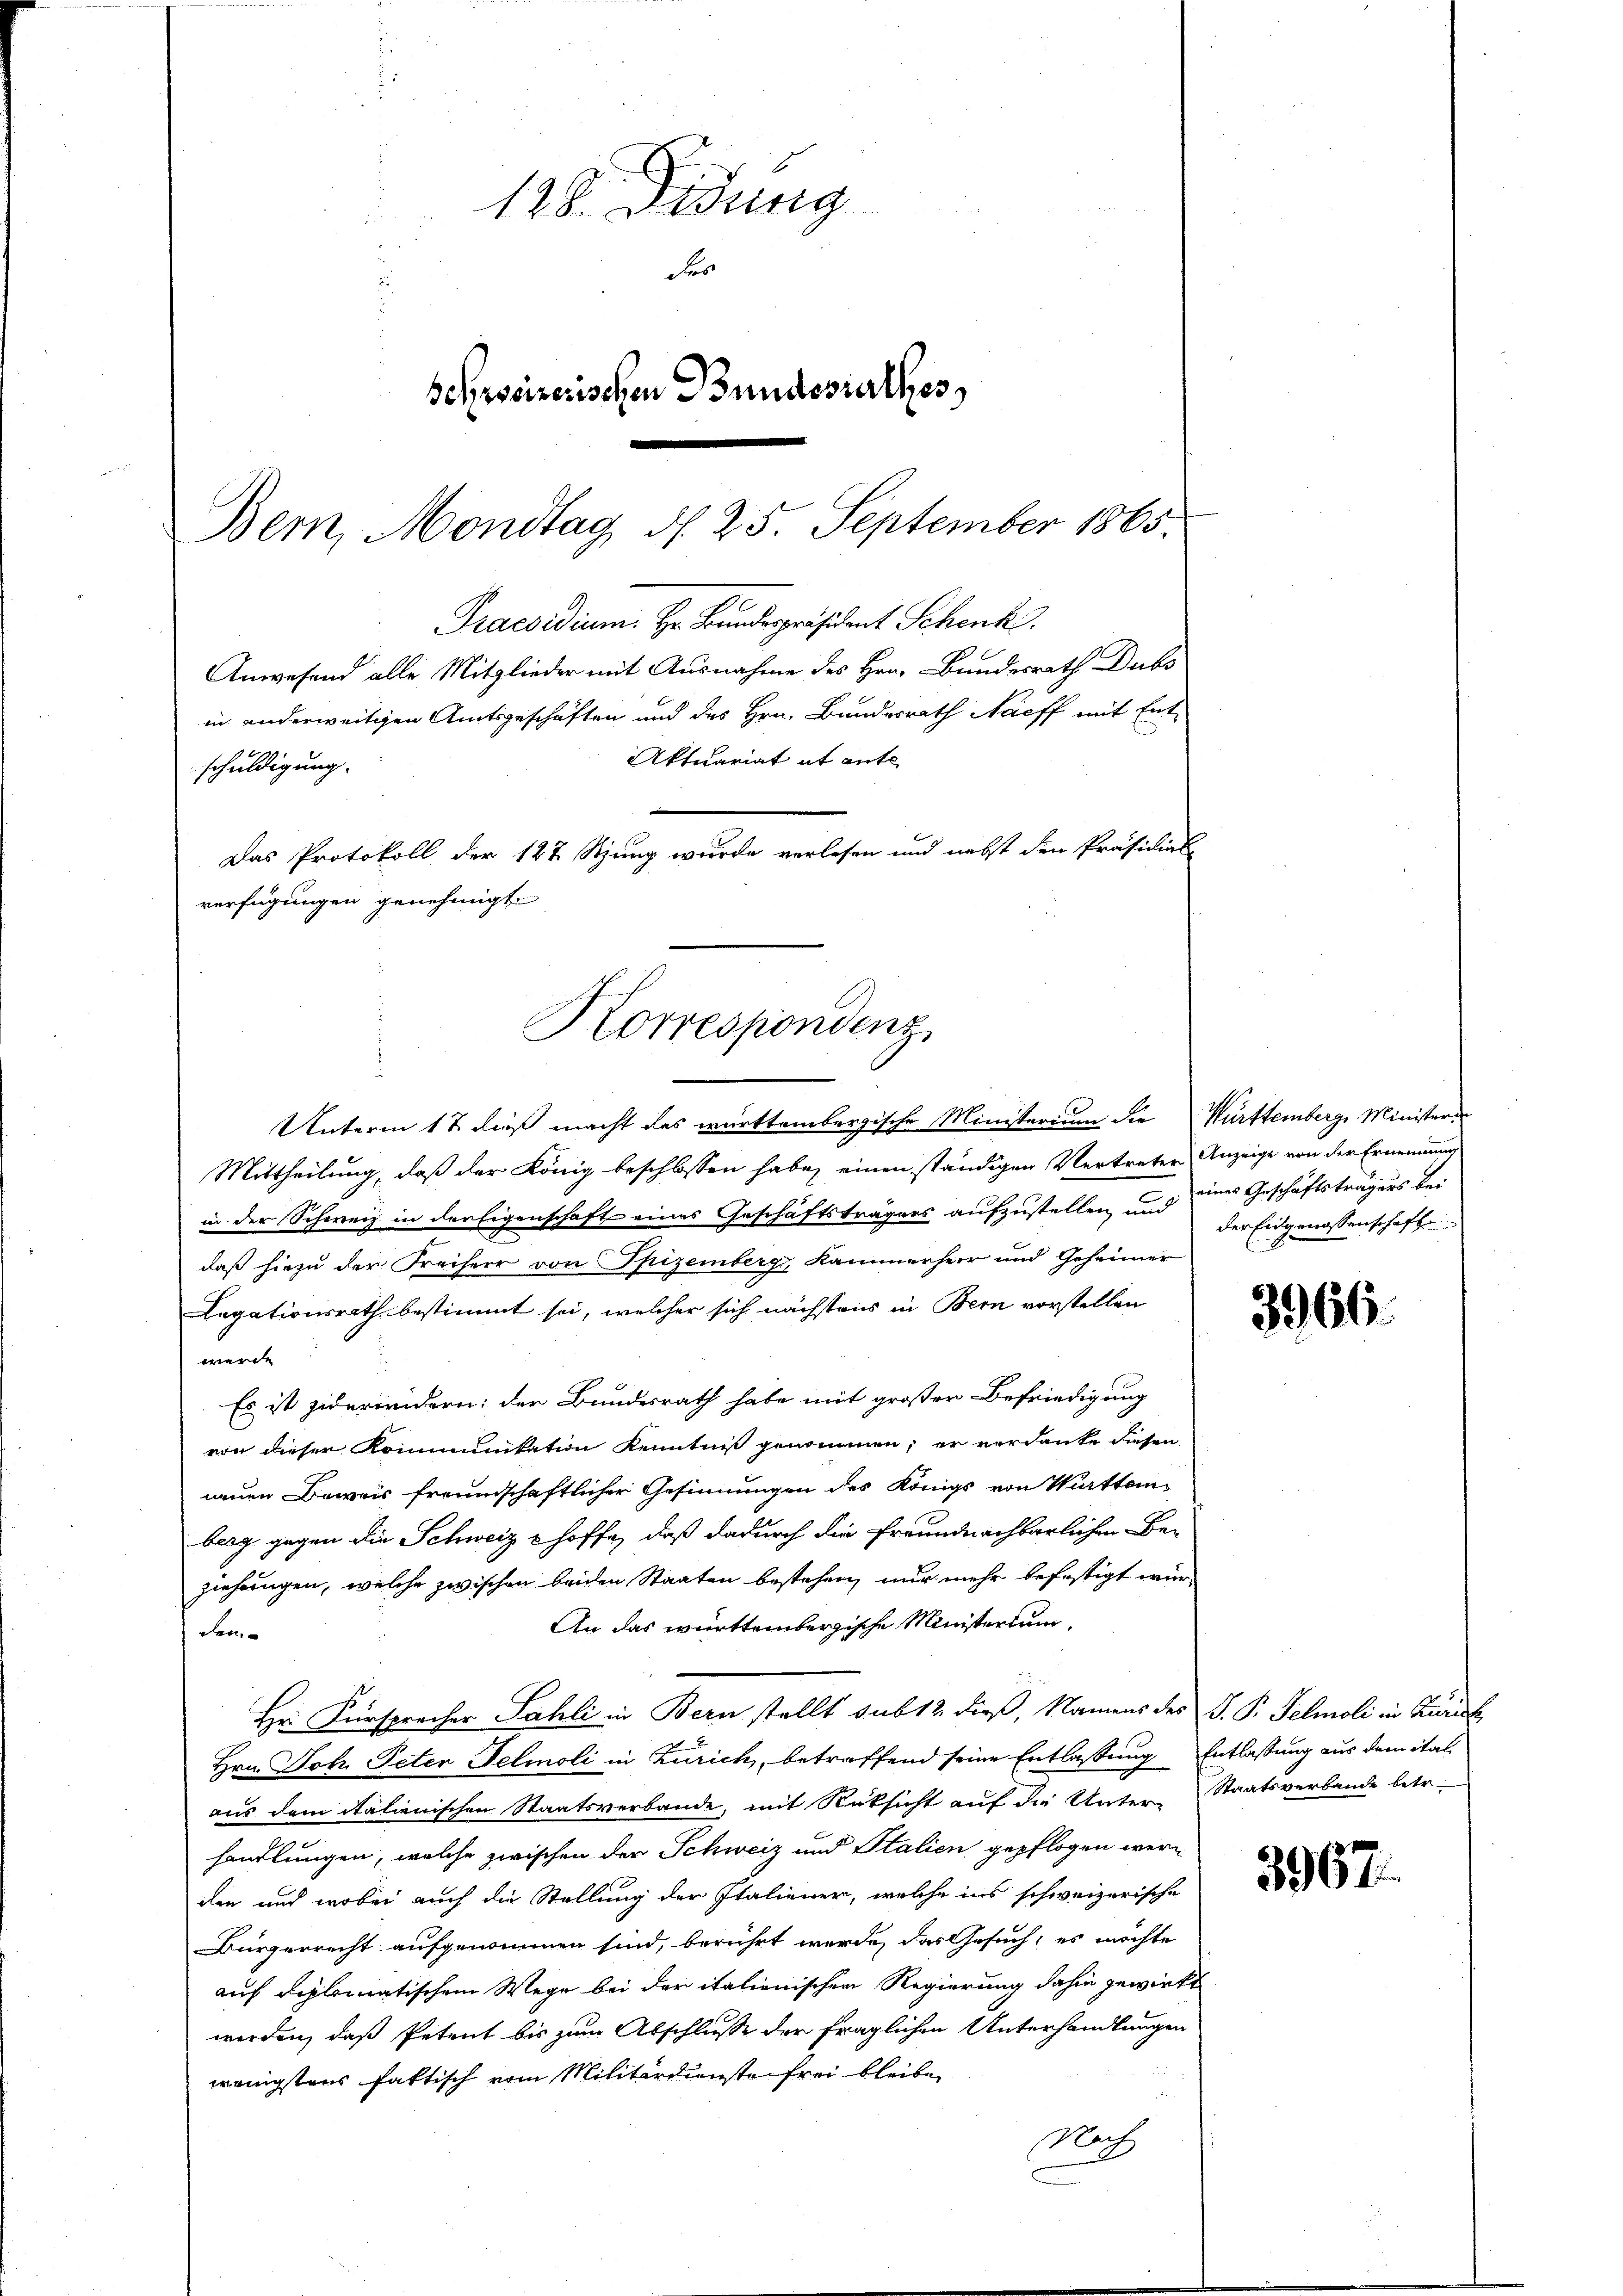
.
128. Didung
der
Schweizerischen Bundesrathes

Unterm 12 dieß macht das württembergische Ministerium die Württemberg, Ministern
Mittheilung, daß der König beschlossen habe, einen ständigen Vertreter Anzeige von der Ernennung
in der Schweiz in der Eigenschaft eines Geschäftsträgers aufzustellen, und eines Geschäftsträgers bei
daß hiezu der Freiherr von Spizemberg Kammerheer und Geheimer
Legationsrath, bestimmt sei, welcher sich nächstens in Bern vorstellen
werde
Es ist zierweidern: der Bundesrath habe mit großer Befriedigung
von dieser Kommuntation Kenntniß genommen, er verdanke diesen
neuen Beweis freundschaftlicher Gesinnungen des Königs von Württem
berg gegen die Schweiz & hoffe, daß dadurch die Freundnachbarlichen Beziehungen, welche zwischen beiden Staaten bestehen, nur mehr befestigt wür¬
An das württembergische Ministerium
den.
Hr. Fürsprecher Sahli in Bern stellt sub 12 dieß, Namens des V. P. Telmoli in Zürich,
Hrn. Joh. Peter Felmoli in Zürich, betreffend seine Entlassung
aus dem italienischen Staatsverbande, mit Rüksicht auf die Unter-Staatsverbande betr
handlungen, welche zwischen der Schweiz und Italien gepflogen werden und wobei auch die Stellung der Italiener, welche ins schweizerische
Bürgerrecht aufgenommen sind, berührt werde, das Gesuch, es möchte
auf diplomatischem Wege bei der italienischen Regierung dahin gewirkt
werden, daß Petent bis zum Abschlusse der fraglichen Unterhandlungen
wenigstens faktisch vom Militärdienste frei bleibe
Mach

Bern, Mondtag d. 25. September 1865.
Praesidium. Hr. Bundespräsident Schenk
Anwesend alle Mitglieder mit Ausnahme des Hrn. Bundesrath Dubs

in anderweitigen Amtsgeschäften und des Hrn. Bundesrath Naeff mit Ent¬
Aktuariat it ente
schuldigung.
Das Protokoll der 127 Stzung wurde verlesen und nebst den Präsidial-
verfügungen genehmigt.
Korrespondenz,

der Eidgenossenschaft

3966.

Entlassung aus dem ital¬

3967.